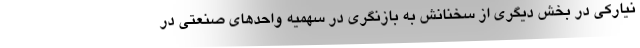
‌نیارکی در بخش دیگری از سخنانش به بازنگری در سهمیه واحدهای صنعتی در